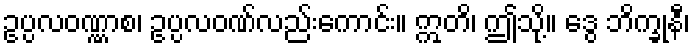
ဥပ္ပလဝဏ္ဏာစ၊ ဥပ္ပလဝဏ်လည်းကောင်း။ ဣတိ၊ ဤသို့။ ဒွေ ဘိက္ခုနီ၊